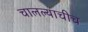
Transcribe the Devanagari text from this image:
चालल्याचीच